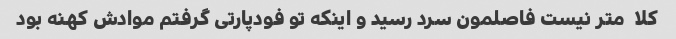
کلا  متر نیست فاصلمون سرد رسید و اینکه تو فودپارتی گرفتم موادش کهنه بود